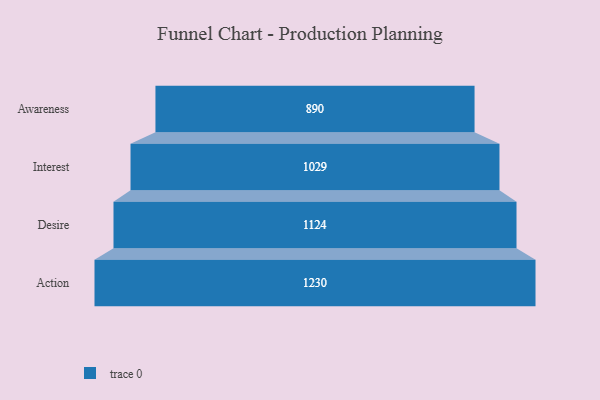
{"axis": {"x": "Stage", "y": "Value"}, "legend": [""], "data": [{"x": "Awareness", "y": 890.0, "type": ""}, {"x": "Interest", "y": 1029.0, "type": ""}, {"x": "Desire", "y": 1124.0, "type": ""}, {"x": "Action", "y": 1230.0, "type": ""}]}